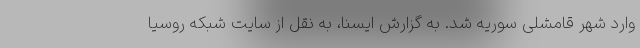
وارد شهر قامشلی سوریه شد. به گزارش ایسنا، به نقل از سایت شبکه روسیا